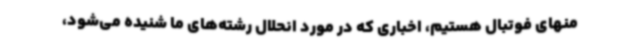
منهای فوتبال هستیم، اخباری که در مورد انحلال رشته‌های ما شنیده می‌شود،